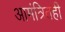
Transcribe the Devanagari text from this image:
आमंत्रितही